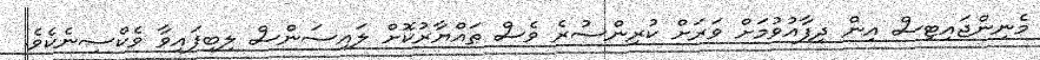
މެނިންޖައިޓިސް އިން ދިފާއުވުމަށް ވަރަށް ކުރިންސުރެ ވެސް ތައްޔާރުކޮށް ލައިސަންސް ލިބިފައިވާ ވެކްސިނެކެވެ.